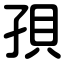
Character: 孭